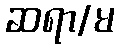
ဆရာ/မ